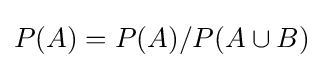
P(A)=P(A)/P(A\cup B)